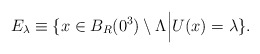
\begin{align*}E_{\lambda}\equiv\{x\in B_R(0^3)\setminus\Lambda\Big| U(x)=\lambda\}.\end{align*}